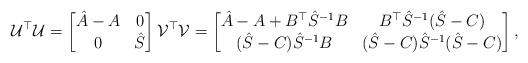
LaTeX: \begin{align*} \mathcal{U}^\top\mathcal{U} = \begin{bmatrix} \hat{A} - A & 0 \\ 0 & \hat{S} \end{bmatrix} \mathcal{V}^\top \mathcal{V} = \begin{bmatrix} \hat{A} - A + B^\top \hat{S}^{-1} B & B^\top \hat{S}^{-1} (\hat{S} - C) \\ (\hat{S} - C)\hat{S}^{-1} B & (\hat{S} - C)\hat{S}^{-1}(\hat{S} - C) \end{bmatrix},\end{align*}